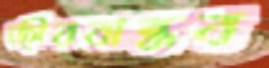
জীববান্ধব